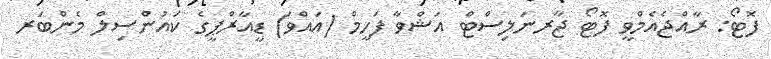
ފޮޓޯ: ރާއްޖެއެމްވީ ފޮޓޯ ޖާރނަލިސްޓް އަޝްވާ ފަހީމް (އައްވަ) ޑީއާރްޕީގެ ކައުންސިލް މެންބަރ